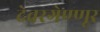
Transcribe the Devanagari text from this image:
देवरगेण्णूर